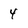
Character: 4